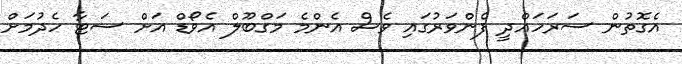
އެގޮތުން ސަރަހައްދީ ފެންވަރުގައި ވެސް އެންމެ މަގްބޫލް އެވޯޑް އަށް ސަޓާ ހެދުމަށް